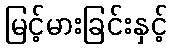
မြင့်မားခြင်းနှင့်